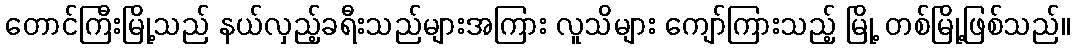
တောင်ကြီးမြို့သည် နယ်လှည့်ခရီးသည်များအကြား လူသိများ ကျော်ကြားသည့် မြို့ တစ်မြို့ဖြစ်သည်။